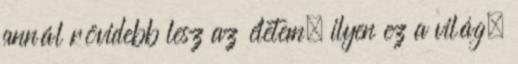
annál rövidebb lesz az életem, ilyen ez a világ,